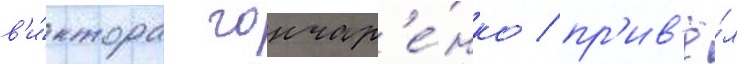
в'и́ктора гончар'е́нко / пр'ив'ё́л